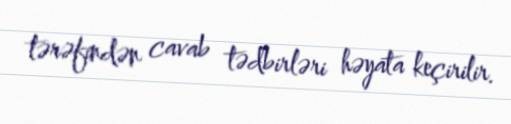
tərəfindən cavab tədbirləri həyata keçirilir.